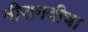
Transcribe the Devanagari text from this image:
नीरानदीचा